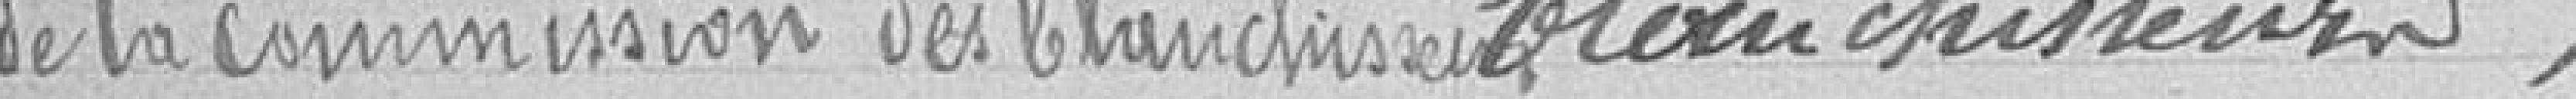
de la commission des blanchisseurs blanchisseurs,